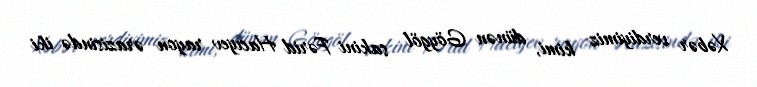
Xəbər verdiyimiz kimi, dünən Göygöl sakini Fərid Hacıyev rayon ərazisində iki